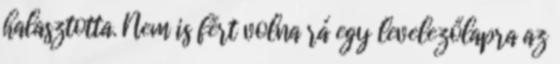
halasztotta. Nem is fért volna rá egy levelezőlapra az